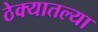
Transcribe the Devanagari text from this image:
ठेक्यातल्या